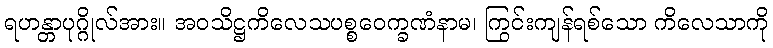
ရဟန္တာပုဂ္ဂိုလ်အား။ အဝသိဋ္ဌကိလေသပစ္စဝေက္ခဏံနာမ၊ ကြွင်းကျန်ရစ်သော ကိလေသာကို